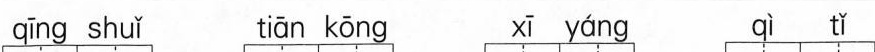
qīng shuǐ tiān kōng xī yáng qì tǐ